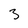
Character: 3